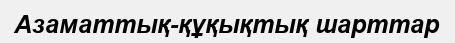
Азаматтық-құқықтық шарттар